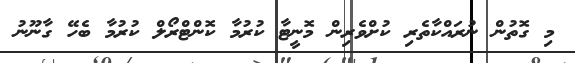
މި ގޮތުން ނުރައްކާތެރި ކުށްވެރިން މޮނީޓާ ކުރުމާ ކޮންޓްރޯލް ކުރުމާ ބެހޭ ގާނޫނު